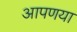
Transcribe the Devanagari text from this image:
आपणया